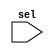
module test_case(
	input [1:0]sel);

always @(sel) begin
	casez(sel)
		2'b00 : $display("00");
		2'b01 : $display("01");
		2'b11 : $display("11");
		2'bxz : $display("xz");
		2'bx0 : $display("x0");
		2'bz1 : $display("z1");
		2'b10 : $display("10");
		2'bzx : $display("zx");
		2'b1z : $display("1z");
		default : $display("default");
	endcase
end
endmodule